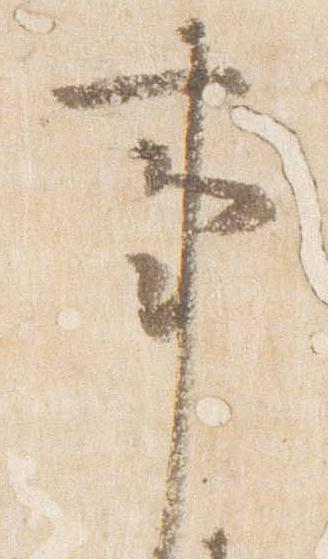
事